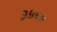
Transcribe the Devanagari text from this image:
३५६५